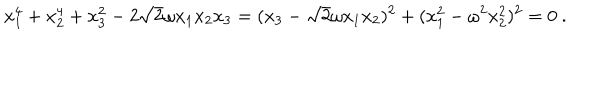
LaTeX: x _ { 1 } ^ { 4 } + x _ { 2 } ^ { 4 } + x _ { 3 } ^ { 2 } - 2 \sqrt { 2 } \omega x _ { 1 } x _ { 2 } x _ { 3 } = ( x _ { 3 } - \sqrt { 2 } \omega x _ { 1 } x _ { 2 } ) ^ { 2 } + ( x _ { 1 } ^ { 2 } - \omega ^ { 2 } x _ { 2 } ^ { 2 } ) ^ { 2 } = 0 \ .